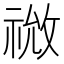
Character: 𫀙